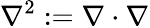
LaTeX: \nabla^{2}:=\nabla\cdot\nabla